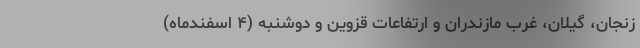
زنجان، گیلان، غرب مازندران و ارتفاعات قزوین و دوشنبه (۴ اسفندماه‌)